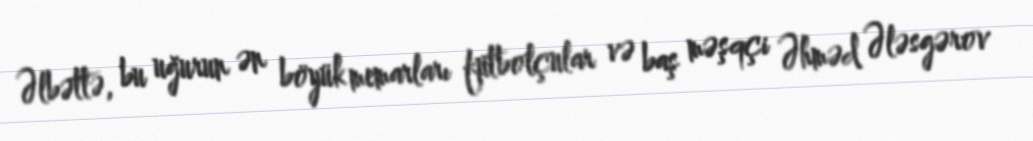
Əlbəttə, bu uğurun ən böyük memarları futbolçular və baş məşqçi Əhməd Ələsgərov